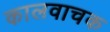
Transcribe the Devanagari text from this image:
कालवाचक